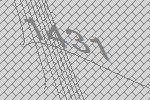
1431